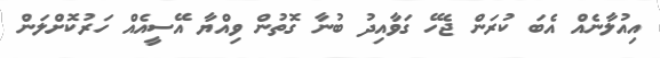
އިއުލާނެއް އެބަ ކުރަން ޖެހޭ ގަވާއިދު ބުނާ ގޮތުން ވިއްޔާ އޭސީއެއް ހަރުކޮށްލަން